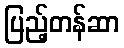
ပြည့်တန်ဆာ